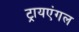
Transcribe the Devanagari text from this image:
ट्रायएंगल